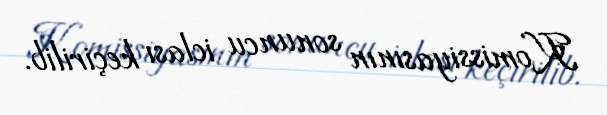
Komissiyasının sonuncu iclası keçirilib.